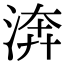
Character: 渀